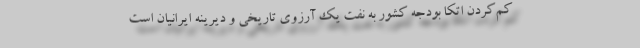
کم‌کردن اتکا بودجه کشور به نفت یک آرزوی تاریخی و دیرینه ایرانیان است